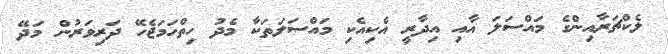
ލެކްޗަރާއިންގެ މައްސަލަ އާއި އިދާރީ އެކިއެކި މައްސަލަތަކާ މެދު ހިތްހަމަޖެހޭ ދަރިވަރުން މަދޭ